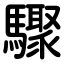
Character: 驟